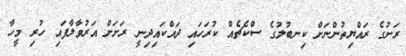
ރަށުގެ ރައްޔިތުންނަށް ކިނބުލުގެ ސްކެޗެއް ކުރަހައި ދައްކައިދިނީ ރަށަށް އަރުވާލާފައި ހުރި މީހާ